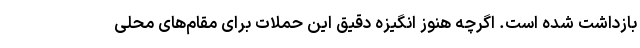
بازداشت شده است. اگرچه هنوز انگیزه دقیق این حملات برای مقام‌های محلی